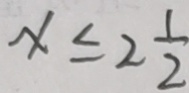
x \leq 2 \frac { 1 } { 2 }